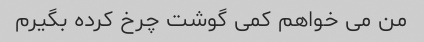
من می خواهم کمی گوشت چرخ کرده بگیرم